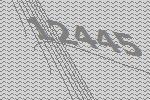
12445